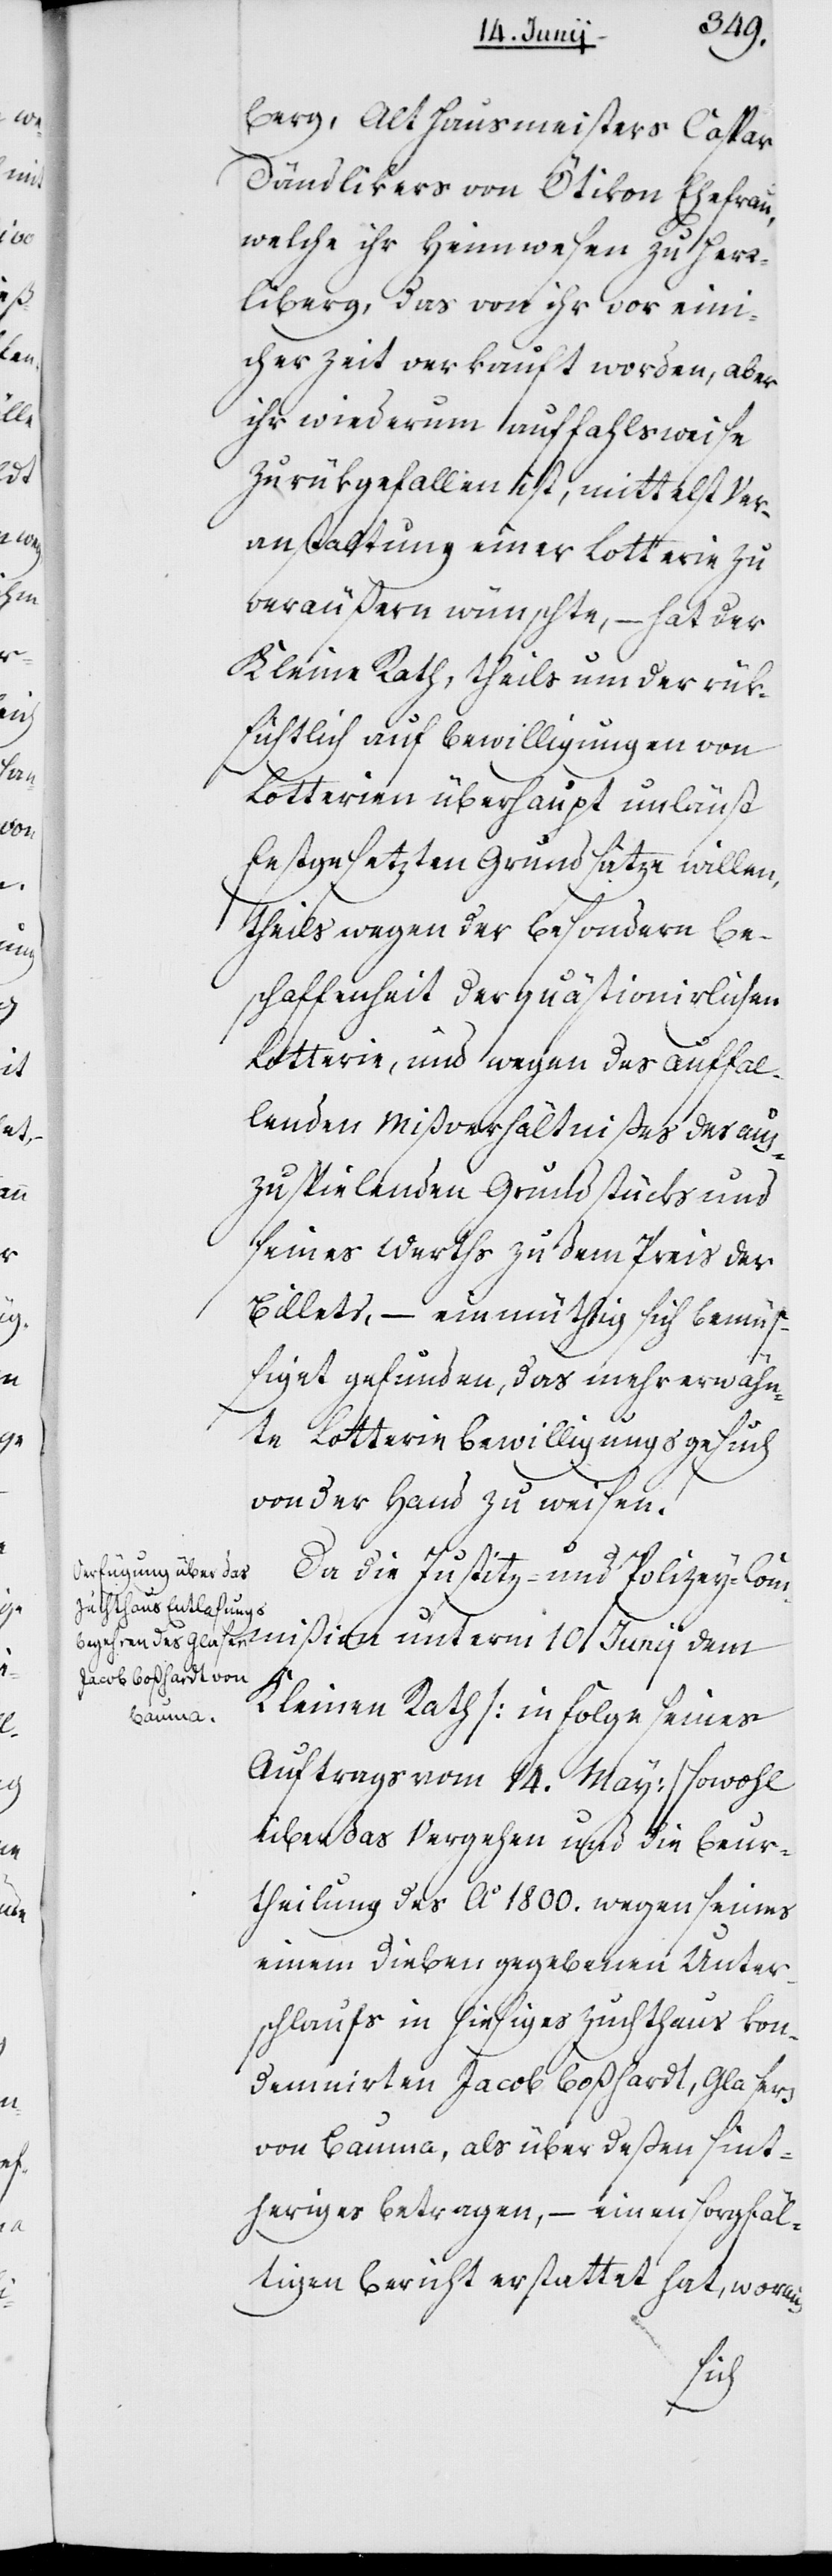
berg, Alt Hausmeisters Caspar
Dändlikers von Ötikon Ehefrau,
welche ihr Heimwesen zu Herr¬
liberg, das von ihr vor ein¬
iger Zeit verkauft worden, aber
ihr wiederum auffahlsweise
zurükgefallen ist, mittelst Ver¬
anstaltung einer Lotterie zu
veräußern wünschte, – hat der
Kleine Rath, theils um der rük¬
sichtlich auf Bewilligungen von
Lotterien überhaupt unlängst
festgesetzten Grundsätze willen,
theils wegen der besondern Be¬
schaffenheit der quästionierlichen
Lotterie, und wegen des auffal¬
lenden Mißverhältnißes des aus¬
zuteilenden Grundstücks und
seines Werths zu dem Preis der
Billets, – einmüthig sich bemüß¬
iget gefunden, das mehr erwähn¬
te Lotteriebewilligungsgesuch
von der Hand zu weisen.
Da die Justitz- und Polizey-Com¬
mißion unterm 10ten Junij dem
Kleinen Rath (in Folge seines
Auftrags vom 14. May) sowohl
über das Vergehen und die Beur¬
theilung des Ao 1800. wegen seines
einem Dieben gegebenen Unter¬
schlaufs in hiesiges Zuchthaus kon¬
demnierten Jacob Boßhardt, Glasers
von Bauma, als über deßen sint¬
heriges Betragen, – einen sorgfäl¬
tigen Bericht erstattet hat, woraus